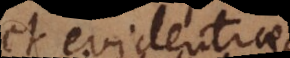
et evidentiae